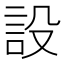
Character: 設